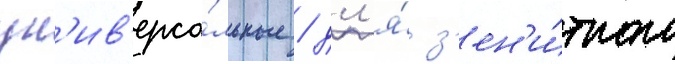
ун'ив'ерса́льные / дл'я́ з'ен'и́тного